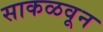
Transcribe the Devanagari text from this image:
साकळवून